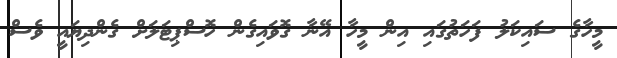
މީހާގެ ސައިކަލު ފަހަތުގައި އިން މީހާ އޭނާ ގޮވައިގެން ހޮސްޕިޓަލަށް ގެންދިޔައީ ވެސް